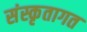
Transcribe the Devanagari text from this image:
संस्कृतागत